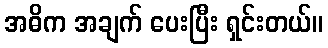
အဓိက အချက် ပေးပြီး ရှင်းတယ်။